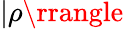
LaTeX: |\rho\rrangle